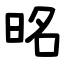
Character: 㫥